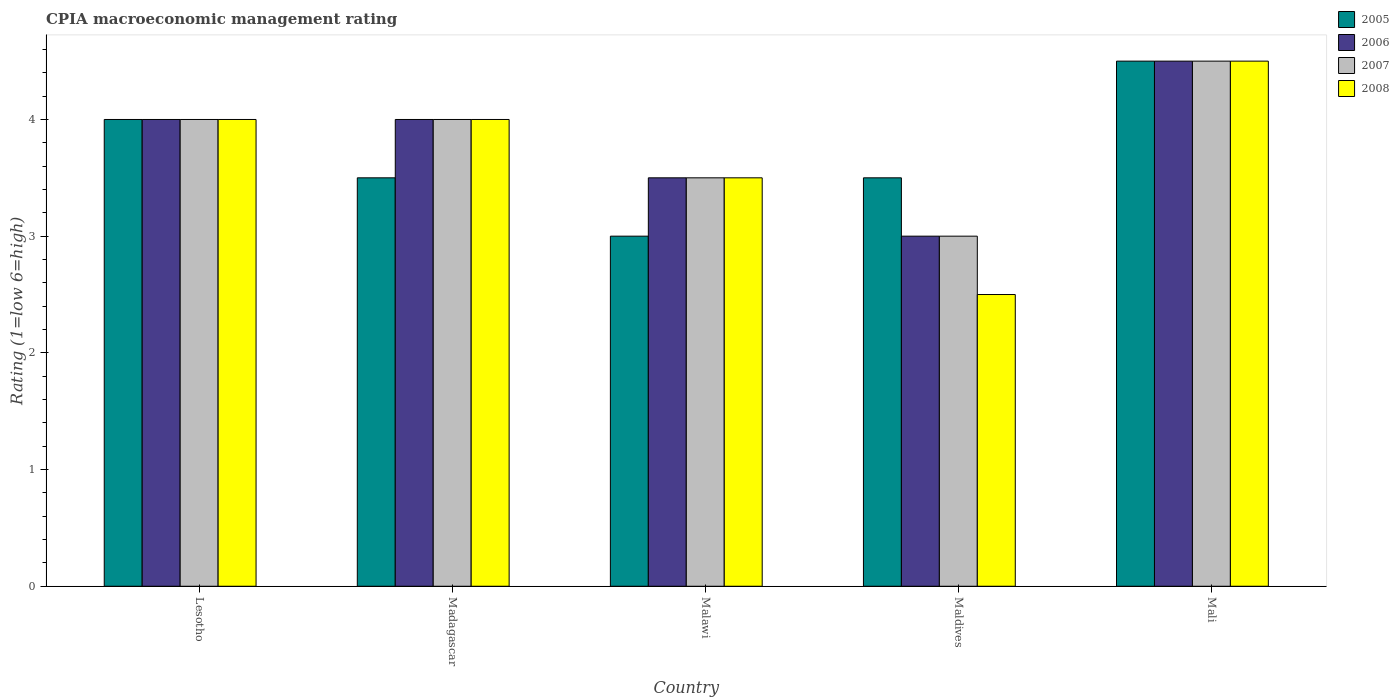
| Country | 2005 | 2006 | 2007 | 2008 |
 | --- | --- | --- | --- | --- |
 | Lesotho | 4 | 4 | 4 | 4 |
 | Madagascar | 3.5 | 4 | 4 | 4 |
 | Malawi | 3 | 3.5 | 3.5 | 3.5 |
 | Maldives | 3.5 | 3 | 3 | 2.5 |
 | Mali | 4.5 | 4.5 | 4.5 | 4.5 |